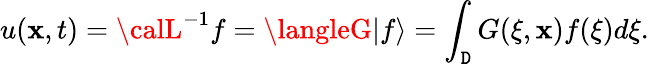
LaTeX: u(\mathbf{x},t)={\calL}^{-1}f=\langleG|f\rangle=\int_{\mathtt{D}}G(\xi,\mathbf{x})f(\xi)d\xi.